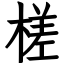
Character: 槎